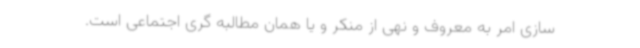
سازی امر به معروف و نهی از منکر و یا همان مطالبه گری اجتماعی است.